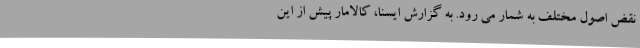
نقض اصول مختلف به شمار می رود. به گزارش ایسنا، کالامار پیش از این